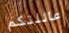
عائلتكم